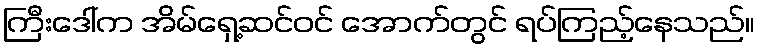
ကြီးဒေါ်က အိမ်ရှေ့ဆင်ဝင် အောက်တွင် ရပ်ကြည့်နေသည်။